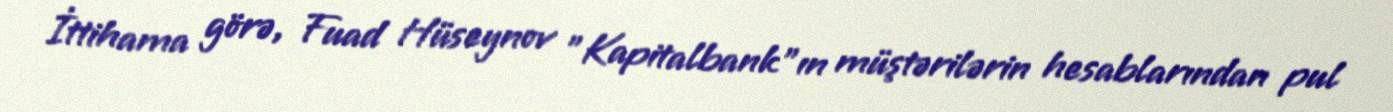
İttihama görə, Fuad Hüseynov "Kapitalbank"ın müştərilərin hesablarından pul